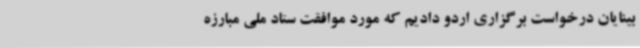
بینایان درخواست برگزاری اردو دادیم که مورد موافقت ستاد ملی مبارزه